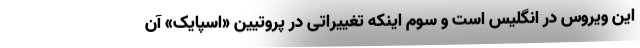
این ویروس در انگلیس است و سوم اینکه تغییراتی در پروتیین «اسپایک» آن